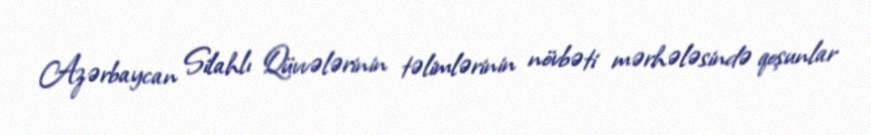
Azərbaycan Silahlı Qüvvələrinin təlimlərinin növbəti mərhələsində qoşunlar